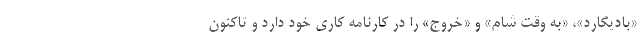
«بادیگارد»، «به وقت شام» و «خروج» را در کارنامه کاری خود دارد و تاکنون